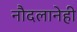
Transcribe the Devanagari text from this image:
नौदलानेही